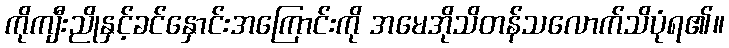
ကိုကျီးညိုနှင့်ခင်နှောင်းအကြောင်းကို အမေအိုသိတန်သလောက်သိပုံရ၏။